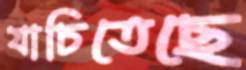
যাচিতেছে